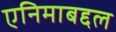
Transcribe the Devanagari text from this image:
एनिमाबद्दल